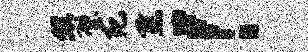
照璧死燕！